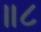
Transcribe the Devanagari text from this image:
॥८